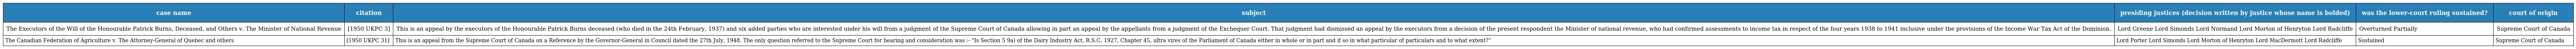
| case name | citation | subject | presiding justices (decision written by justice whose name is bolded) | was the lower-court ruling sustained? | court of origin |
 | --- | --- | --- | --- | --- | --- |
 | The Executors of the Will of the Honourable Patrick Burns, Deceased, and Others v. The Minister of National Revenue | [1950 UKPC 3] | This is an appeal by the executors of the Honourable Patrick Burns deceased (who died in the 24th February, 1937) and six added parties who are interested under his will from a judgment of the Supreme Court of Canada allowing in part an appeal by the appellants from a judgment of the Exchequer Court. That judgment had dismissed an appeal by the executors from a decision of the present respondent the Minister of national revenue, who had confirmed assessments to income tax in respect of the four years 1938 to 1941 inclusive under the provisions of the Income War Tax Act of the Dominion. | Lord Greene Lord Simonds Lord Normand Lord Morton of Henryton Lord Radcliffe | Overturned Partially | Supreme Court of Canada |
 | The Canadian Federation of Agriculture v. The Attorney-General of Quebec and others | [1950 UKPC 31] | This is an appeal from the Supreme Court of Canada on a Reference by the Governor-General in Council dated the 27th July, 1948. The only question referred to the Supreme Court for hearing and consideration was :- “Is Section 5 9a) of the Dairy Industry Act, R.S.C. 1927, Chapter 45, ultra vires of the Parliament of Canada either in whole or in part and if so in what particular of particulars and to what extent?” | Lord Porter Lord Simonds Lord Morton of Henryton Lord MacDermott Lord Radcliffe | Sustained | Supreme Court of Canada |